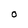
Character: O